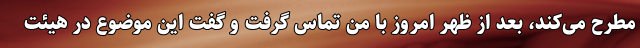
مطرح می‌کند، بعد از ظهر امروز با من تماس گرفت و گفت این موضوع در هیئت